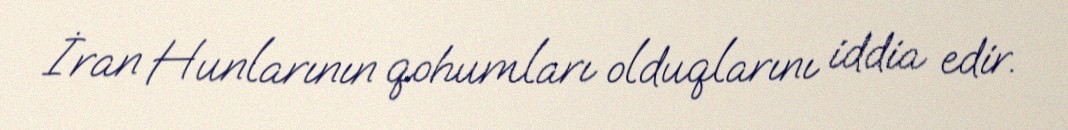
İran Hunlarının qohumları olduqlarını iddia edir.